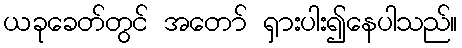
ယခုခေတ်တွင် အတော် ရှားပါး၍နေပါသည်။